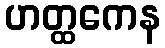
ဟတ္ထကေန